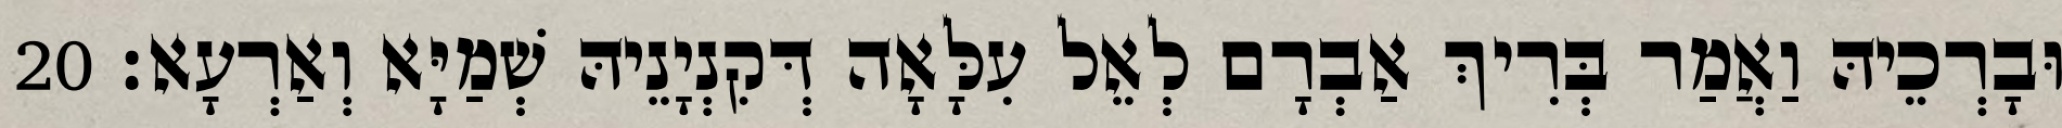
וּבָרְכֵיהּ וַאֲמַר בְּרִיךְ אַבְרָם לְאֵל עִלָּאָה דְּקִנְיָנֵיהּ שְׁמַיָּא וְאַרְעָא׃ 20